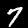
Label: 7